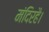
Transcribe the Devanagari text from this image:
मंदिरहै।